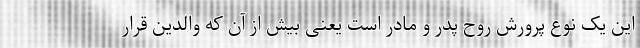
این یک نوع پرورش روح پدر و مادر است یعنی بیش از آن که والدین قرار